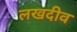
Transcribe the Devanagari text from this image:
लखदीव